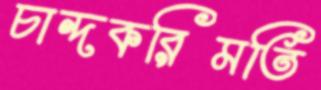
চান্দকরিমতি